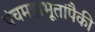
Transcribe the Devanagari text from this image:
पंचमहाभूतांपैकी